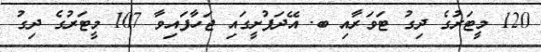
120 މީޓަރުގެ ދިގު ޓަވަރާއި ބ. އޭދަފުށީގައި ޖަހާފައިވާ 107 މީޓަރުގެ ދިގު